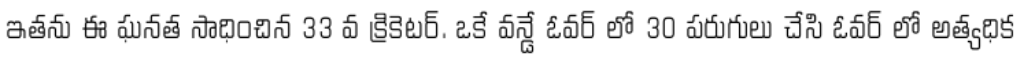
ఇతను ఈ ఘనత సాధించిన 33 వ క్రికెటర్. ఒకే వన్డే ఓవర్ లో 30 పరుగులు చేసి ఓవర్ లో అత్యధిక